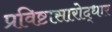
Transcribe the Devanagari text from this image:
प्रविष्टासारोद्धार